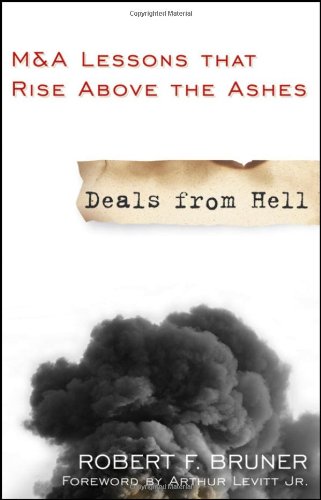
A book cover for Deals from Hell: M&A Lessons that Rise Above the Ashes; Robert F. Bruner; Business & Money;